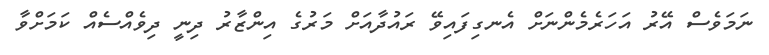
ނަމަވެސް އޭރު އަހަރެމެންނަށް އެނގިފައިވޭ ރައުދާއަށް މަރުގެ އިންޒާރު ދިނީ ދިވެއްސެއް ކަމަށްވާ